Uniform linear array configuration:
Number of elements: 4
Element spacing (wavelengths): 0.5
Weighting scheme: cosine
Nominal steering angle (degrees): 15
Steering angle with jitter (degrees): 13.849
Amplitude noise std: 0.05
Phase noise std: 0.05

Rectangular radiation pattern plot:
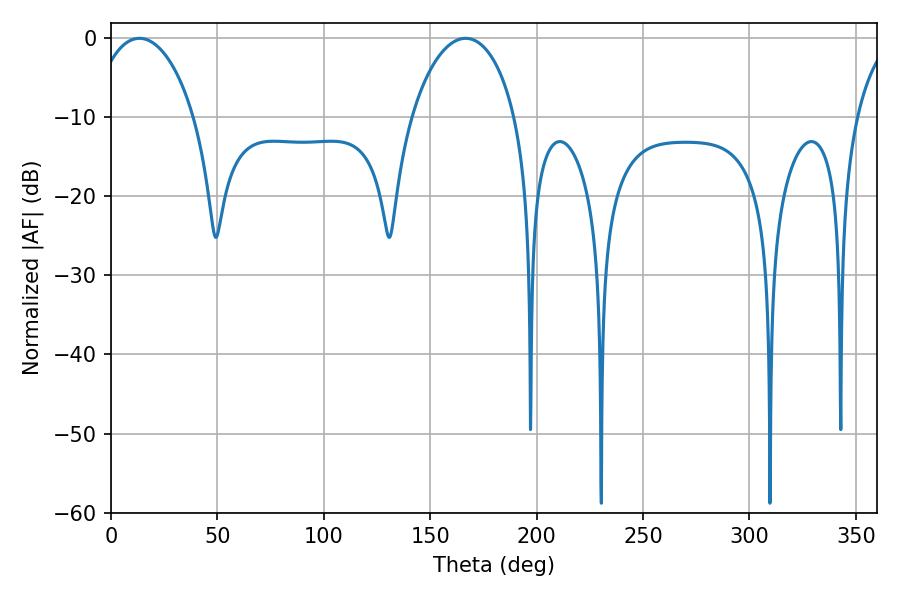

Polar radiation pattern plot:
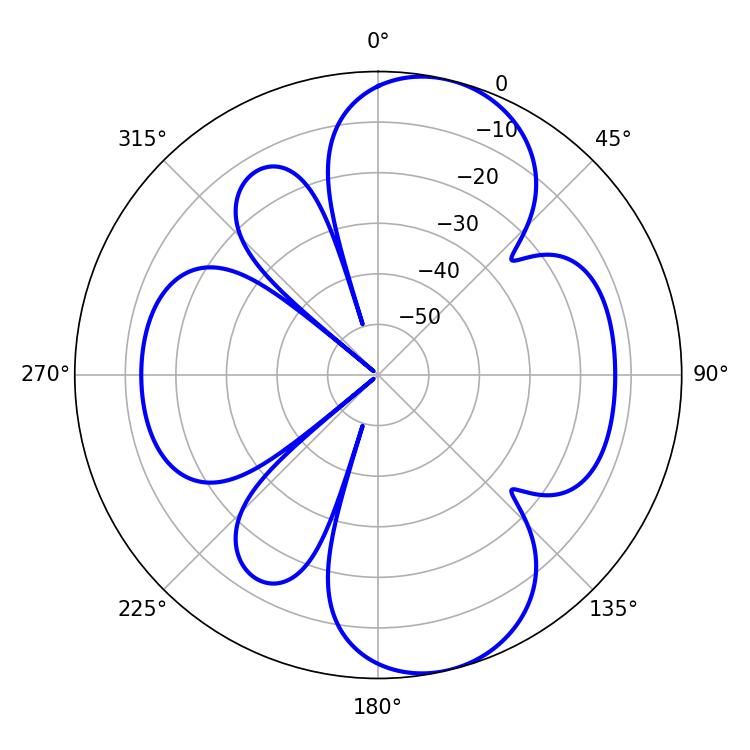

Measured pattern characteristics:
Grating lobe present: FALSE
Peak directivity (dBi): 9.252
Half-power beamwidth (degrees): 27.72
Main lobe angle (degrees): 13.32